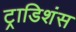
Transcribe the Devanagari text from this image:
ट्राडिशंस